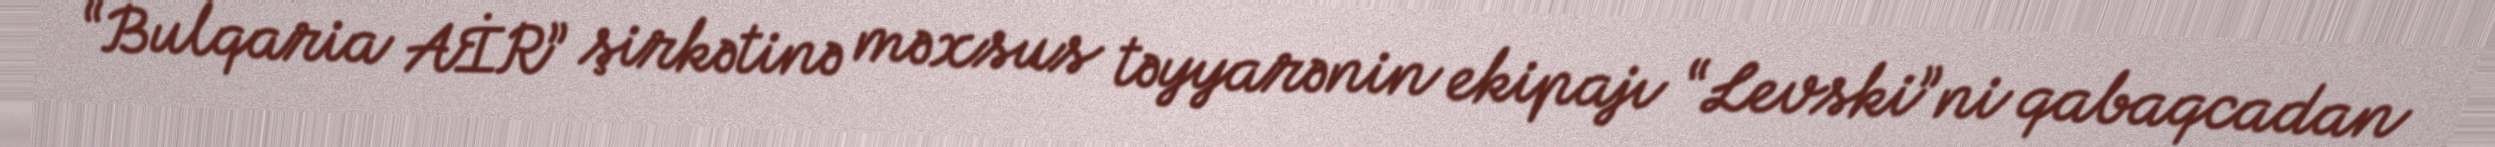
“Bulqaria AİR” şirkətinə məxsus təyyarənin ekipajı “Levski”ni qabaqcadan